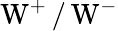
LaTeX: \mathrm{W}^{+}\, /\, \mathrm{W}^{-}